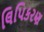
લિપિકરણ